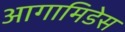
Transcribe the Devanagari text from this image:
आगामिडेस